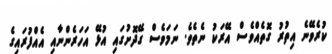
ކުރެވޭނެ އިތުރު ގޮތެއްވެސް އޭރަކު ނެތެވެ. ނަމަވެސް ގޭދޮށުގައި އުޅޭ އަހަރެންނާއި އެއްފުރައިގެ